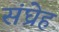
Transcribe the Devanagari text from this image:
संघ्रेह